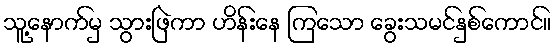
သူ့နောက်မှ သွားဖြဲကာ ဟိန်းနေ ကြသော ခွေးသမင်နှစ်ကောင်။